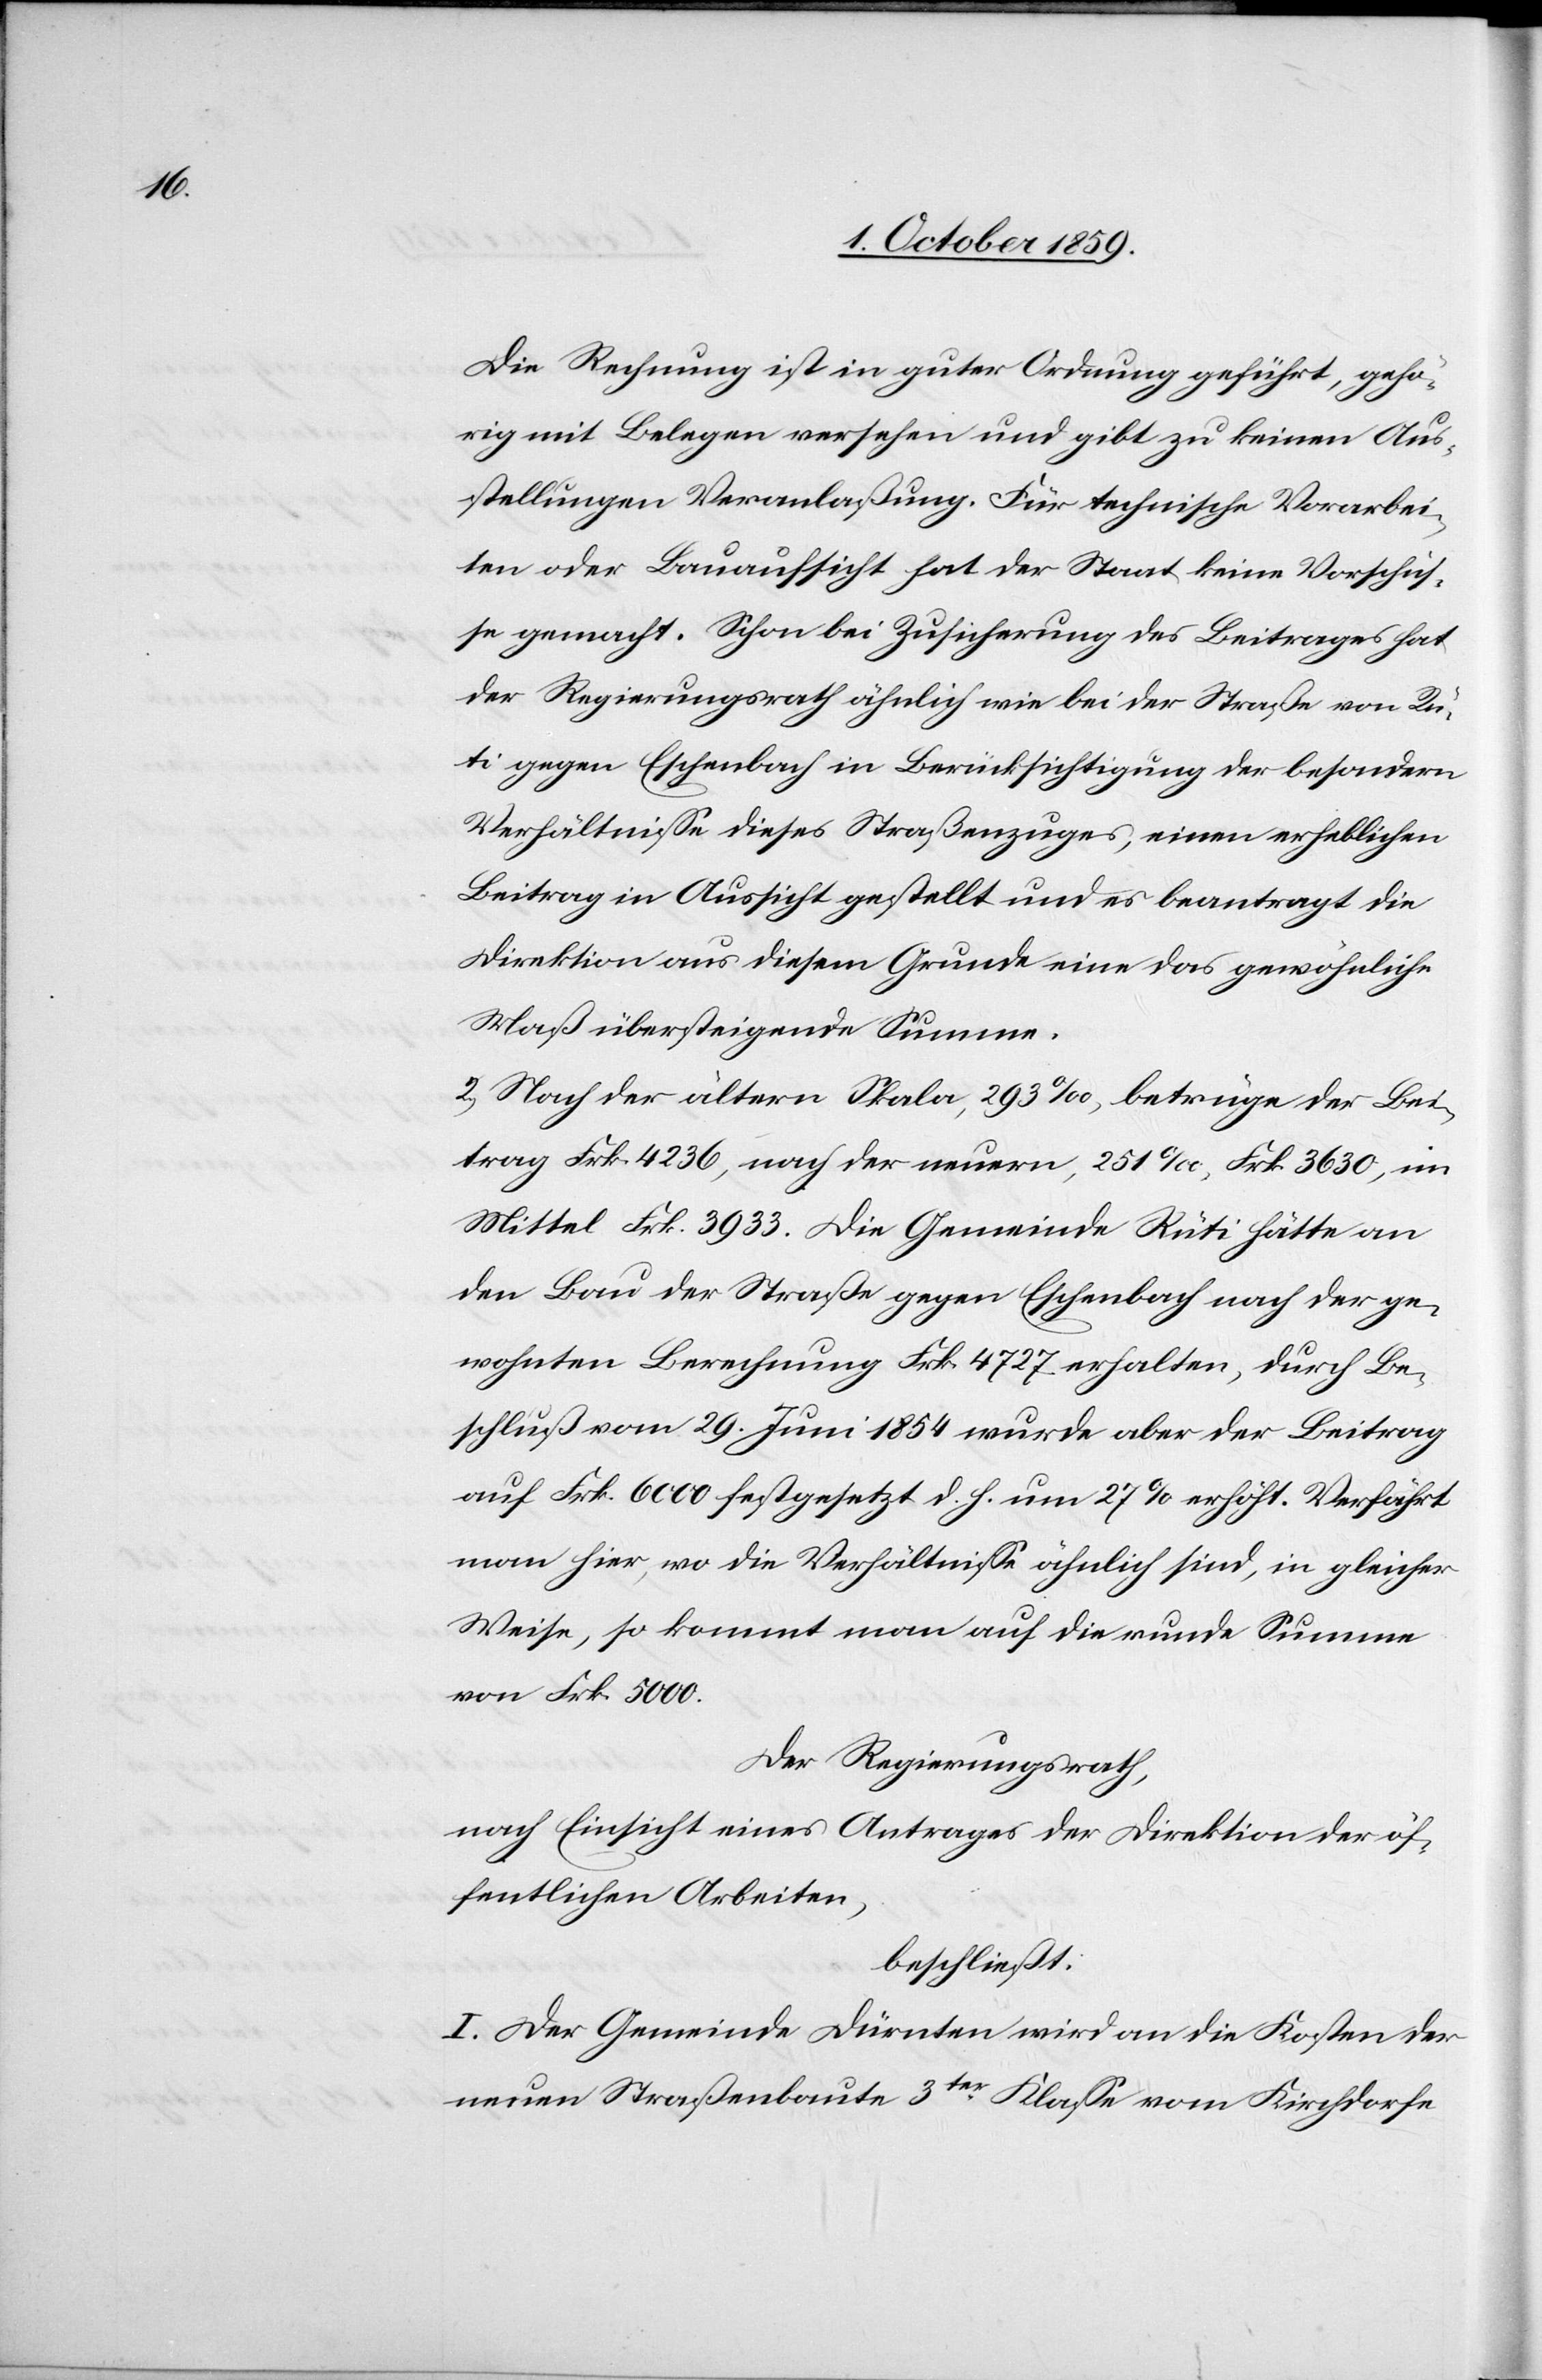
Die Rechnung ist in guter Ordnung geführt, gehö¬
rig mit Belegen versehen und gibt zu keinen Aus¬
stellungen Veranlaßung. Für technische Vorarbei¬
ten oder Bauaufsicht hat der Staat keine Vorschüs¬
se gemacht. Schon bei Zusicherung des Beitrages hat
der Regierungsrath ähnlich wie bei der Straße von Rü¬
ti gegen Eschenbach in Berücksichtigung der besondern
Verhältnisse dieses Straßenzuges, einen erheblichen
Beitrag in Aussicht gestellt und es beantragt die
Direktion aus diesem Grunde eine das gewöhnliche
Maß übersteigende Summe.
2) Nach der ältern Skala, 293‰, betrüge der Bei¬
trag Frk. 4236, nach der neuern, 251‰, Frk. 3630, im
Mittel Frk. 3933. Die Gemeinde Rüti hätte an
den Bau der Straße gegen Eschenbach nach der ge¬
wohnten Berechnung Frk. 4727 erhalten, durch Be¬
schluß vom 29. Juni 1854 wurde aber der Beitrag
auf Frk. 6000 festgesetzt d. h. um 27% erhöht. Verfährt
man hier, wo die Verhältnisse ähnlich sind, in gleicher
Weise, so kommt man auf die runde Summe
von Frk. 5000.
Der Regierungsrath,
nach Einsicht eines Antrages der Direktion der öf¬
fentlichen Arbeiten,
beschließt,
I. Der Gemeinde Dürnten wird an die Kosten der
neuen Straßenbaute 3ter Klasse vom Kirchdorfe